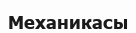
Механикасы